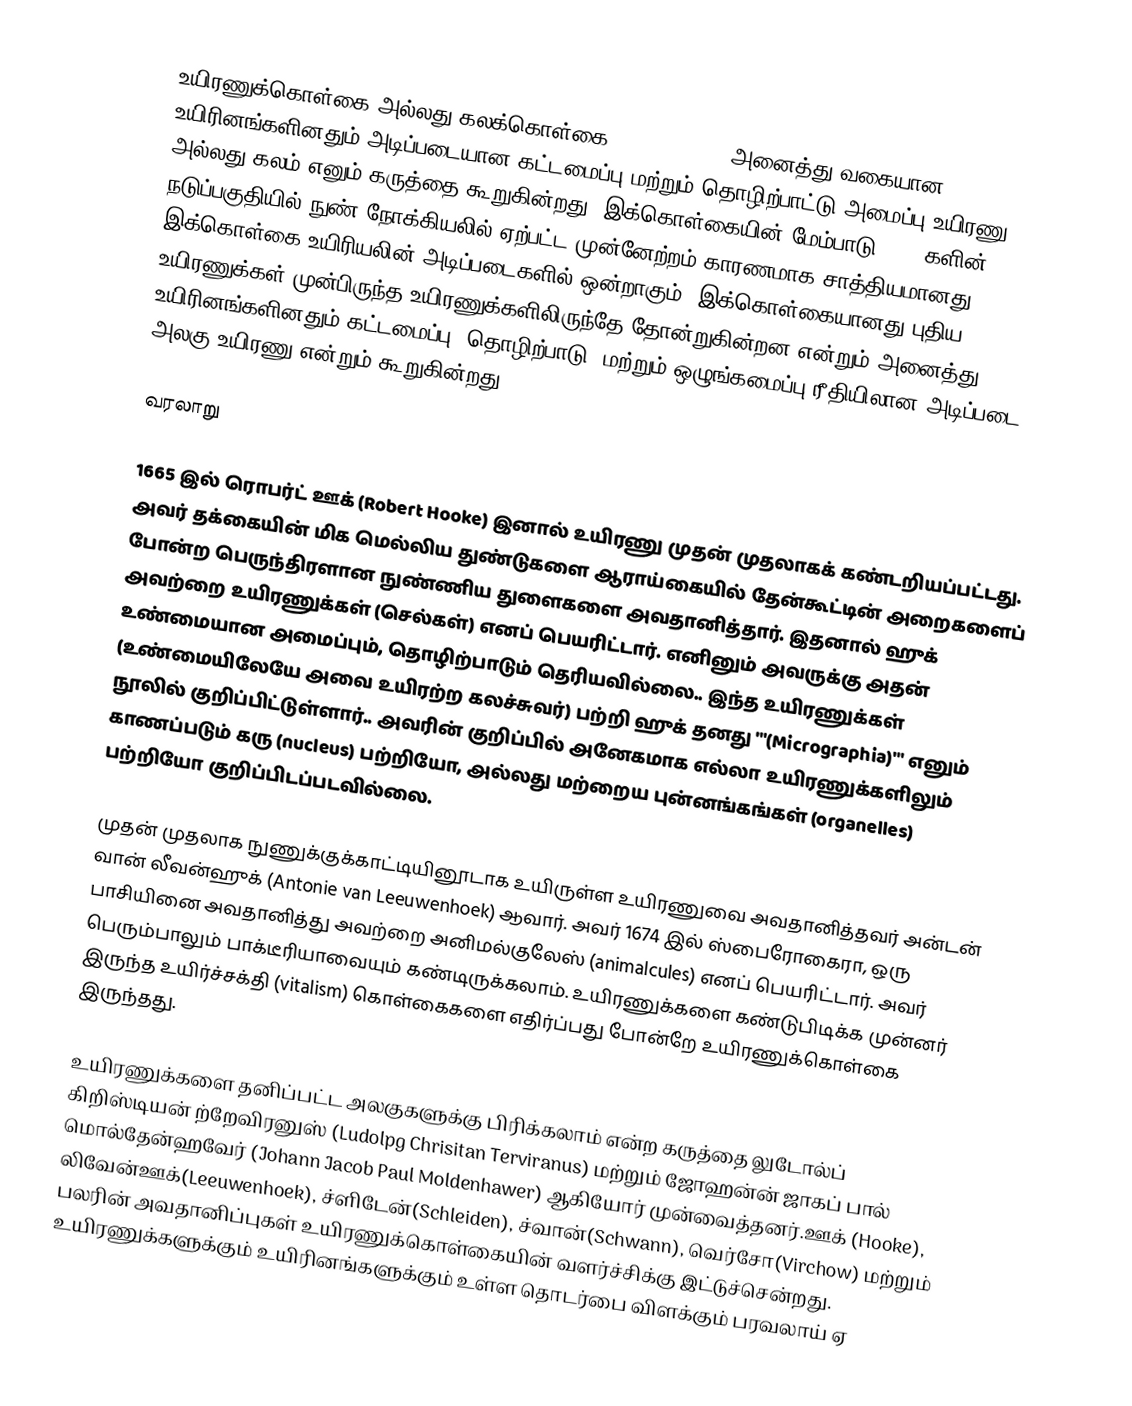
உயிரணுக்கொள்கை அல்லது கலக்கொள்கை (Cell theory) அனைத்து வகையான உயிரினங்களினதும் அடிப்படையான கட்டமைப்பு மற்றும் தொழிற்பாட்டு அமைப்பு உயிரணு அல்லது கலம் எனும் கருத்தை கூறுகின்றது. இக்கொள்கையின் மேம்பாடு 1600 களின் நடுப்பகுதியில் நுண் நோக்கியலில் ஏற்பட்ட முன்னேற்றம் காரணமாக சாத்தியமானது. இக்கொள்கை உயிரியலின் அடிப்படைகளில் ஒன்றாகும். இக்கொள்கையானது புதிய உயிரணுக்கள் முன்பிருந்த உயிரணுக்களிலிருந்தே தோன்றுகின்றன என்றும் அனைத்து உயிரினங்களினதும் கட்டமைப்பு, தொழிற்பாடு, மற்றும் ஒழுங்கமைப்பு ரீதியிலான அடிப்படை அலகு உயிரணு என்றும் கூறுகின்றது.

வரலாறு

1665 இல் ரொபர்ட் ஊக் (Robert Hooke) இனால் உயிரணு முதன் முதலாகக் கண்டறியப்பட்டது. அவர் தக்கையின் மிக மெல்லிய துண்டுகளை ஆராய்கையில் தேன்கூட்டின் அறைகளைப் போன்ற பெருந்திரளான நுண்ணிய துளைகளை அவதானித்தார். இதனால் ஹுக் அவற்றை உயிரணுக்கள் (செல்கள்) எனப் பெயரிட்டார். எனினும் அவருக்கு அதன் உண்மையான அமைப்பும், தொழிற்பாடும் தெரியவில்லை.. இந்த உயிரணுக்கள் (உண்மையிலேயே அவை உயிரற்ற கலச்சுவர்) பற்றி ஹுக் தனது '"(Micrographia)'" எனும் நூலில் குறிப்பிட்டுள்ளார்.. அவரின் குறிப்பில் அனேகமாக எல்லா உயிரணுக்களிலும் காணப்படும் கரு (nucleus) பற்றியோ, அல்லது மற்றைய புன்னங்கங்கள் (organelles) பற்றியோ குறிப்பிடப்படவில்லை.

முதன் முதலாக நுணுக்குக்காட்டியினூடாக உயிருள்ள உயிரணுவை அவதானித்தவர் அன்டன் வான் லீவன்ஹுக் (Antonie van Leeuwenhoek) ஆவார். அவர் 1674 இல் ஸ்பைரோகைரா, ஒரு பாசியினை அவதானித்து அவற்றை அனிமல்குலேஸ் (animalcules) எனப் பெயரிட்டார். அவர் பெரும்பாலும் பாக்டீரியாவையும் கண்டிருக்கலாம். உயிரணுக்களை கண்டுபிடிக்க முன்னர் இருந்த உயிர்ச்சக்தி (vitalism) கொள்கைகளை எதிர்ப்பது போன்றே உயிரணுக்கொள்கை இருந்தது.

உயிரணுக்களை தனிப்பட்ட அலகுகளுக்கு பிரிக்கலாம் என்ற கருத்தை லுடோல்ப் கிறிஸ்டியன் ற்றேவிரனுஸ் (Ludolpg Chrisitan Terviranus) மற்றும் ஜோஹன்ன் ஜாகப் பால் மொல்தேன்ஹவேர் (Johann Jacob Paul Moldenhawer) ஆகியோர் முன்வைத்தனர்.ஊக் (Hooke), லிவேன்ஊக்(Leeuwenhoek), ச்ளிடேன்(Schleiden), ச்வான்(Schwann), வெர்சோ(Virchow) மற்றும் பலரின் அவதானிப்புகள் உயிரணுக்கொள்கையின் வளர்ச்சிக்கு இட்டுச்சென்றது. உயிரணுக்களுக்கும் உயிரினங்களுக்கும் உள்ள தொடர்பை விளக்கும் பரவலாய் ஏ